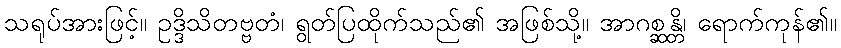
သရုပ်အားဖြင့်။ ဥဒ္ဒိသိတဗ္ဗတံ၊ ရွတ်ပြထိုက်သည်၏ အဖြစ်သို့။ အာဂစ္ဆန္တိ၊ ရောက်ကုန်၏။